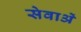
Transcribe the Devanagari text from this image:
सेवाअें